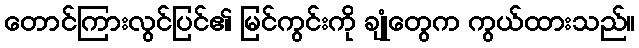
တောင်ကြားလွင်ပြင်၏ မြင်ကွင်းကို ချုံတွေက ကွယ်ထားသည်။